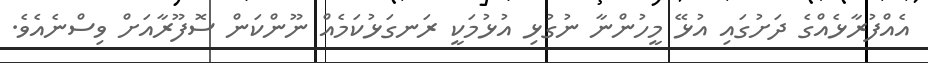
އެއްފުރާޅެއްގެ ދަށުގައި އުޅޭ މީހުންނާ ނުގުޅި އުޅުމަކީ ރަނގަޅުކަމެއް ނޫންކަން ސޮފޫރާއަށް ވިސްނެއެވެ.